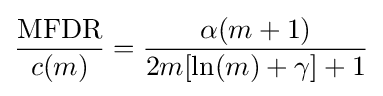
{\frac {\mathrm {MFDR} }{c(m)}}={\frac {\alpha (m+1)}{2m[\ln(m)+\gamma ]+1}}